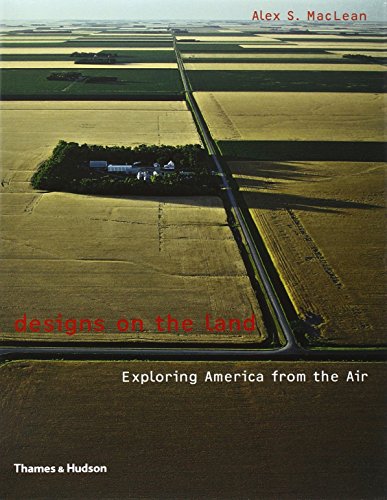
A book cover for Designs on the Land: Exploring America from the Air; Alex S. MacLean; Arts & Photography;